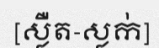
[ស្លឺត-ស្លក់]